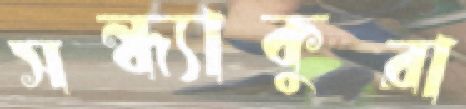
সন্ধ্যাকুরা